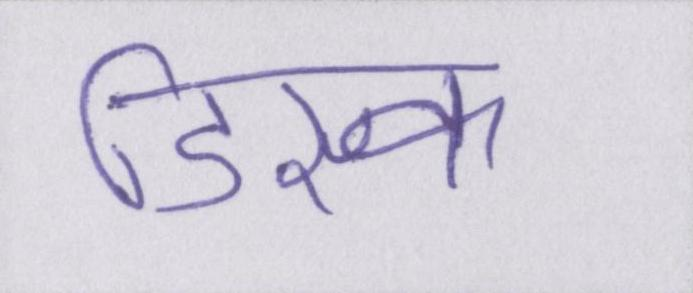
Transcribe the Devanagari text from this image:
डिस्क